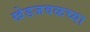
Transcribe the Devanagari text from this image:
खेडजवळच्या